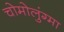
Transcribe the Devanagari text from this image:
चोमोलुंग्मा